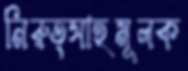
নিরুত্সাহমূলক